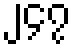
၂၄၇